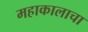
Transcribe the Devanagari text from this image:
महाकालाचा